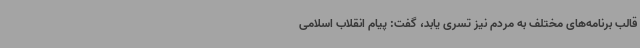
قالب برنامه‌های مختلف به مردم نیز تسری یابد، گفت: پیام انقلاب اسلامی